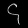
Digit: ၄